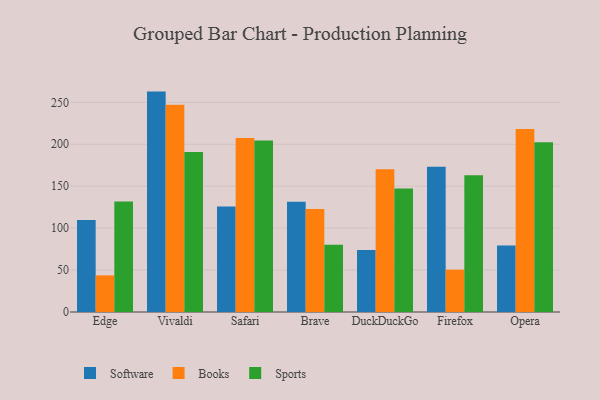
{"axis": {"x": "Browser", "y": "Latency (ms)"}, "legend": ["Books", "Software", "Sports"], "data": [{"x": "Edge", "y": 109.8, "type": "Software"}, {"x": "Edge", "y": 43.7, "type": "Books"}, {"x": "Edge", "y": 131.7, "type": "Sports"}, {"x": "Vivaldi", "y": 262.8, "type": "Software"}, {"x": "Vivaldi", "y": 247.2, "type": "Books"}, {"x": "Vivaldi", "y": 190.8, "type": "Sports"}, {"x": "Safari", "y": 125.7, "type": "Software"}, {"x": "Safari", "y": 207.6, "type": "Books"}, {"x": "Safari", "y": 204.5, "type": "Sports"}, {"x": "Brave", "y": 131.5, "type": "Software"}, {"x": "Brave", "y": 122.7, "type": "Books"}, {"x": "Brave", "y": 80.1, "type": "Sports"}, {"x": "DuckDuckGo", "y": 73.9, "type": "Software"}, {"x": "DuckDuckGo", "y": 170.2, "type": "Books"}, {"x": "DuckDuckGo", "y": 147.4, "type": "Sports"}, {"x": "Firefox", "y": 173.2, "type": "Software"}, {"x": "Firefox", "y": 50.5, "type": "Books"}, {"x": "Firefox", "y": 163.1, "type": "Sports"}, {"x": "Opera", "y": 79.4, "type": "Software"}, {"x": "Opera", "y": 218.1, "type": "Books"}, {"x": "Opera", "y": 202.5, "type": "Sports"}]}